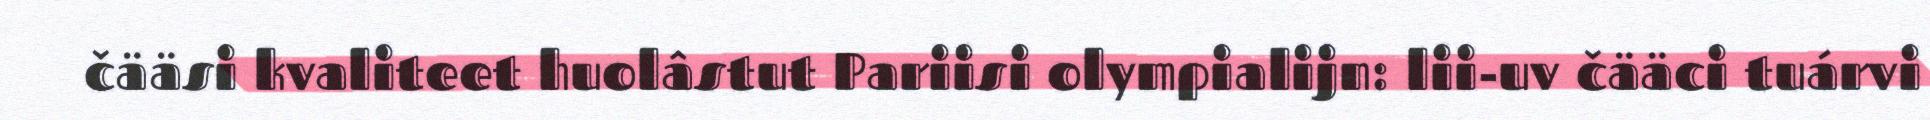
čääsi kvaliteet huolâstut Pariisi olympialijn: lii-uv čääci tuárvi